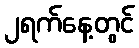
၂ရက်နေ့တွင်